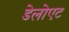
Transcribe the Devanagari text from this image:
डेलोएट